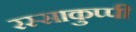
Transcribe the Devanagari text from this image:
रस्साकुप्पी